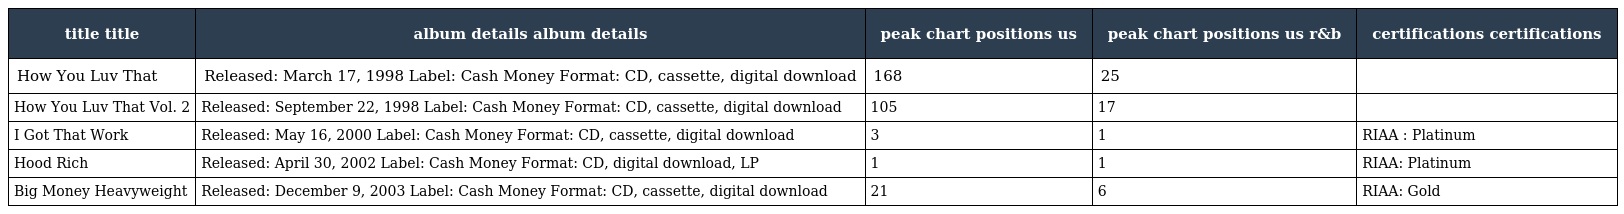
| title title | album details album details | peak chart positions us | peak chart positions us r&b | certifications certifications |
 | --- | --- | --- | --- | --- |
 | How You Luv That | Released: March 17, 1998 Label: Cash Money Format: CD, cassette, digital download | 168 | 25 |  |
 | How You Luv That Vol. 2 | Released: September 22, 1998 Label: Cash Money Format: CD, cassette, digital download | 105 | 17 |  |
 | I Got That Work | Released: May 16, 2000 Label: Cash Money Format: CD, cassette, digital download | 3 | 1 | RIAA : Platinum |
 | Hood Rich | Released: April 30, 2002 Label: Cash Money Format: CD, digital download, LP | 1 | 1 | RIAA: Platinum |
 | Big Money Heavyweight | Released: December 9, 2003 Label: Cash Money Format: CD, cassette, digital download | 21 | 6 | RIAA: Gold |